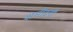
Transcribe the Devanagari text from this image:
शर्मींदगी